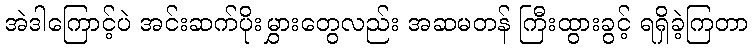
အဲဒါကြောင့်ပဲ အင်းဆက်ပိုးမွှားတွေလည်း အဆမတန် ကြီးထွားခွင့် ရရှိခဲ့ကြတာ